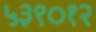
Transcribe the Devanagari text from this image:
५३९०१२